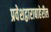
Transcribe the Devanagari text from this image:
प्रवेशद्वाराबाहेरील